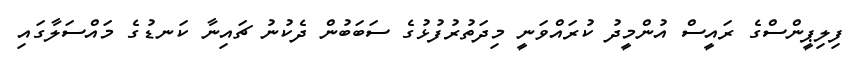
ފިލިޕީންސްގެ ރައީސް އުންމީދު ކުރައްވަނީ މިދަތުރުފުޅުގެ ސަބަބުން ދެކުނު ޗައިނާ ކަނޑުގެ މައްސަލާގައި